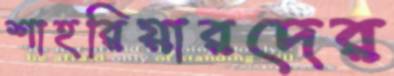
শাহরিয়ারদের